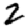
Digit: 2